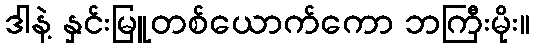
ဒါနဲ့ နှင်းမြူတစ်ယောက်ကော ဘကြီးမိုး။